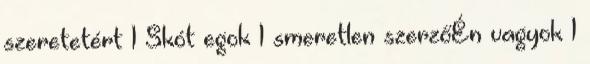
szeretetért 1 Skót egok 1 smeretlen szerzőÉn vagyok 1